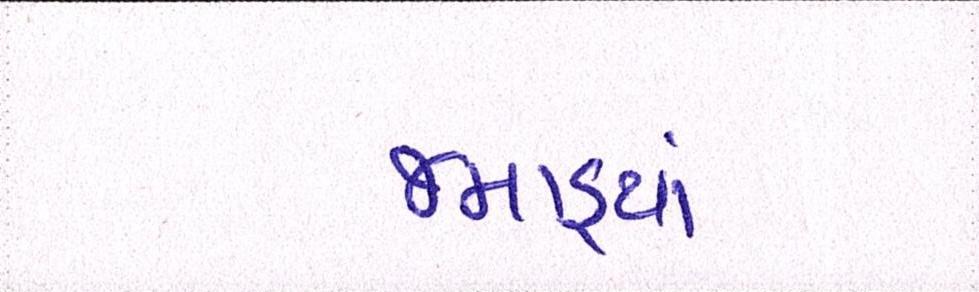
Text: જમાડ્યાં